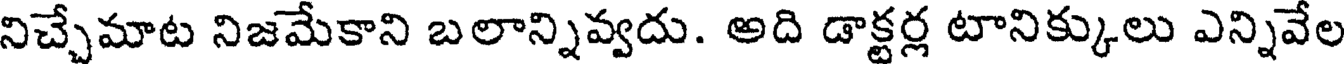
నిచ్చేమాట నిజమేకాని బలాన్నివ్వదు. అది డాక్టర్ల టానిక్కులు ఎన్నివేల